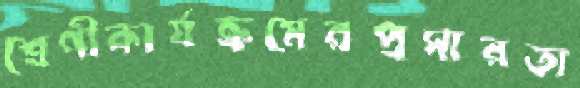
শ্রেণীকার্যক্রমেরপ্রসারতা